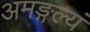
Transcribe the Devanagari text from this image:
अमङ्गल्यं